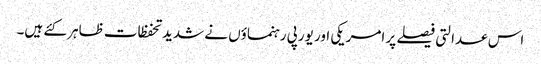
اس عدالتی فیصلے پر امریکی اور یورپی رہنماؤں نے شدید تحفظات ظاہر کئے ہیں۔